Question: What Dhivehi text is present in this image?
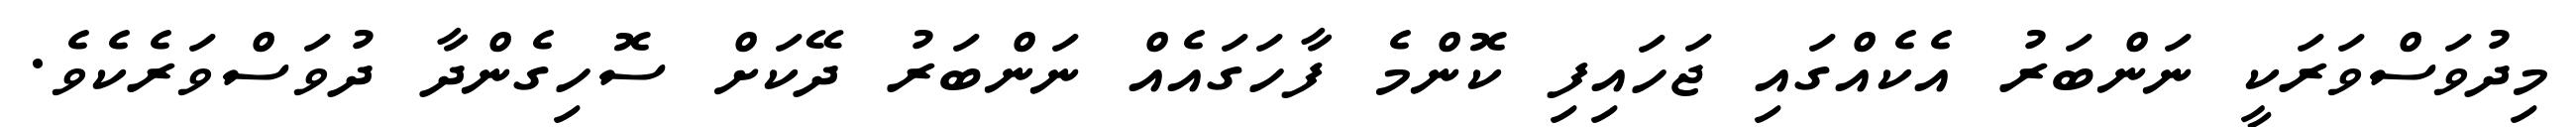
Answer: މިދުވަސްވަރަކީ ނަންބަރު އެކެއްގައި ޖަހައިފި ކޮންމެ ފާހަގައެއް ނަންބަރު ދޭކަށް ސޮހިގެންދާ ދުވަސްވަރެކެވެ.